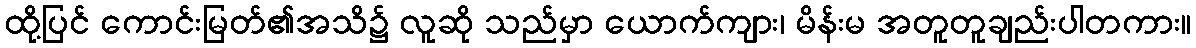
ထို့ပြင် ကောင်းမြတ်၏အသိ၌ လူဆို သည်မှာ ယောက်ကျား၊ မိန်းမ အတူတူချည်းပါတကား။